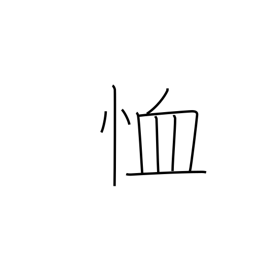
Meaning: have mercy